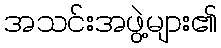
အသင်းအဖွဲ့များ၏